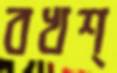
বখশ্